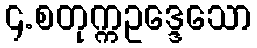
၄.စတုက္ကဥဒ္ဒေသော